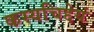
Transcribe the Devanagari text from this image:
कस्यचिद्देयं